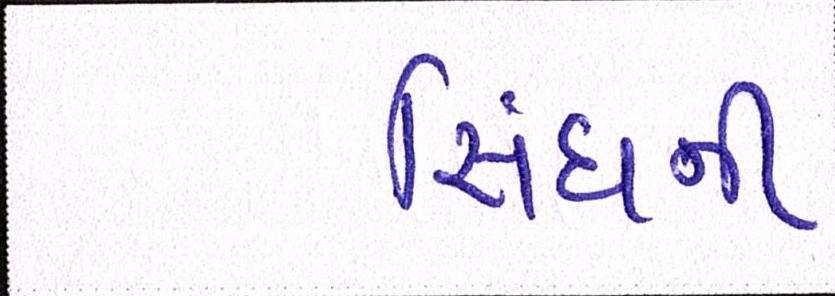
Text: સિંઘની